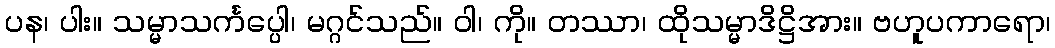
ပန၊ ပါး။ သမ္မာသင်္ကပ္ပေါ၊ မဂ္ဂင်သည်။ ဝါ၊ ကို။ တဿာ၊ ထိုသမ္မာဒိဋ္ဌိအား။ ဗဟူပကာရော၊